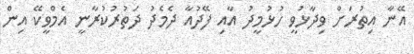
އޭނާ އިތުރަށް ވިދާޅުވީ ހުޅުމީދު އާއި ފޭދުއާ ދެމެދު ދަތުރުކުރާނީ އެމްވީކޭ އިން